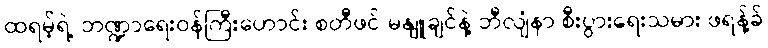
ထရမ့်ရဲ့ ဘဏ္ဍာရေးဝန်ကြီးဟောင်း စတီဖင် မနျူချင်နဲ့ ဘီလျံနာ စီးပွားရေးသမား ဖရန့်ခ်